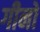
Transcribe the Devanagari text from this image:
गीनो